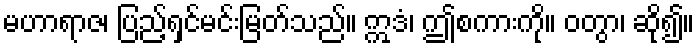
မဟာရာဇ၊ ပြည့်ရှင်မင်းမြတ်သည်။ ဣဒံ၊ ဤစကားကို။ ဝတွာ၊ ဆို၍။